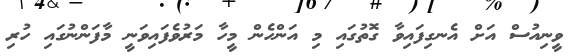
ވީނިއުސް އަށް އެނގިފައިވާ ގޮތުގައި މި އަންހެން މީހާ މަރުވެފައިވަނީ މާފަންނުގައި ހުރި